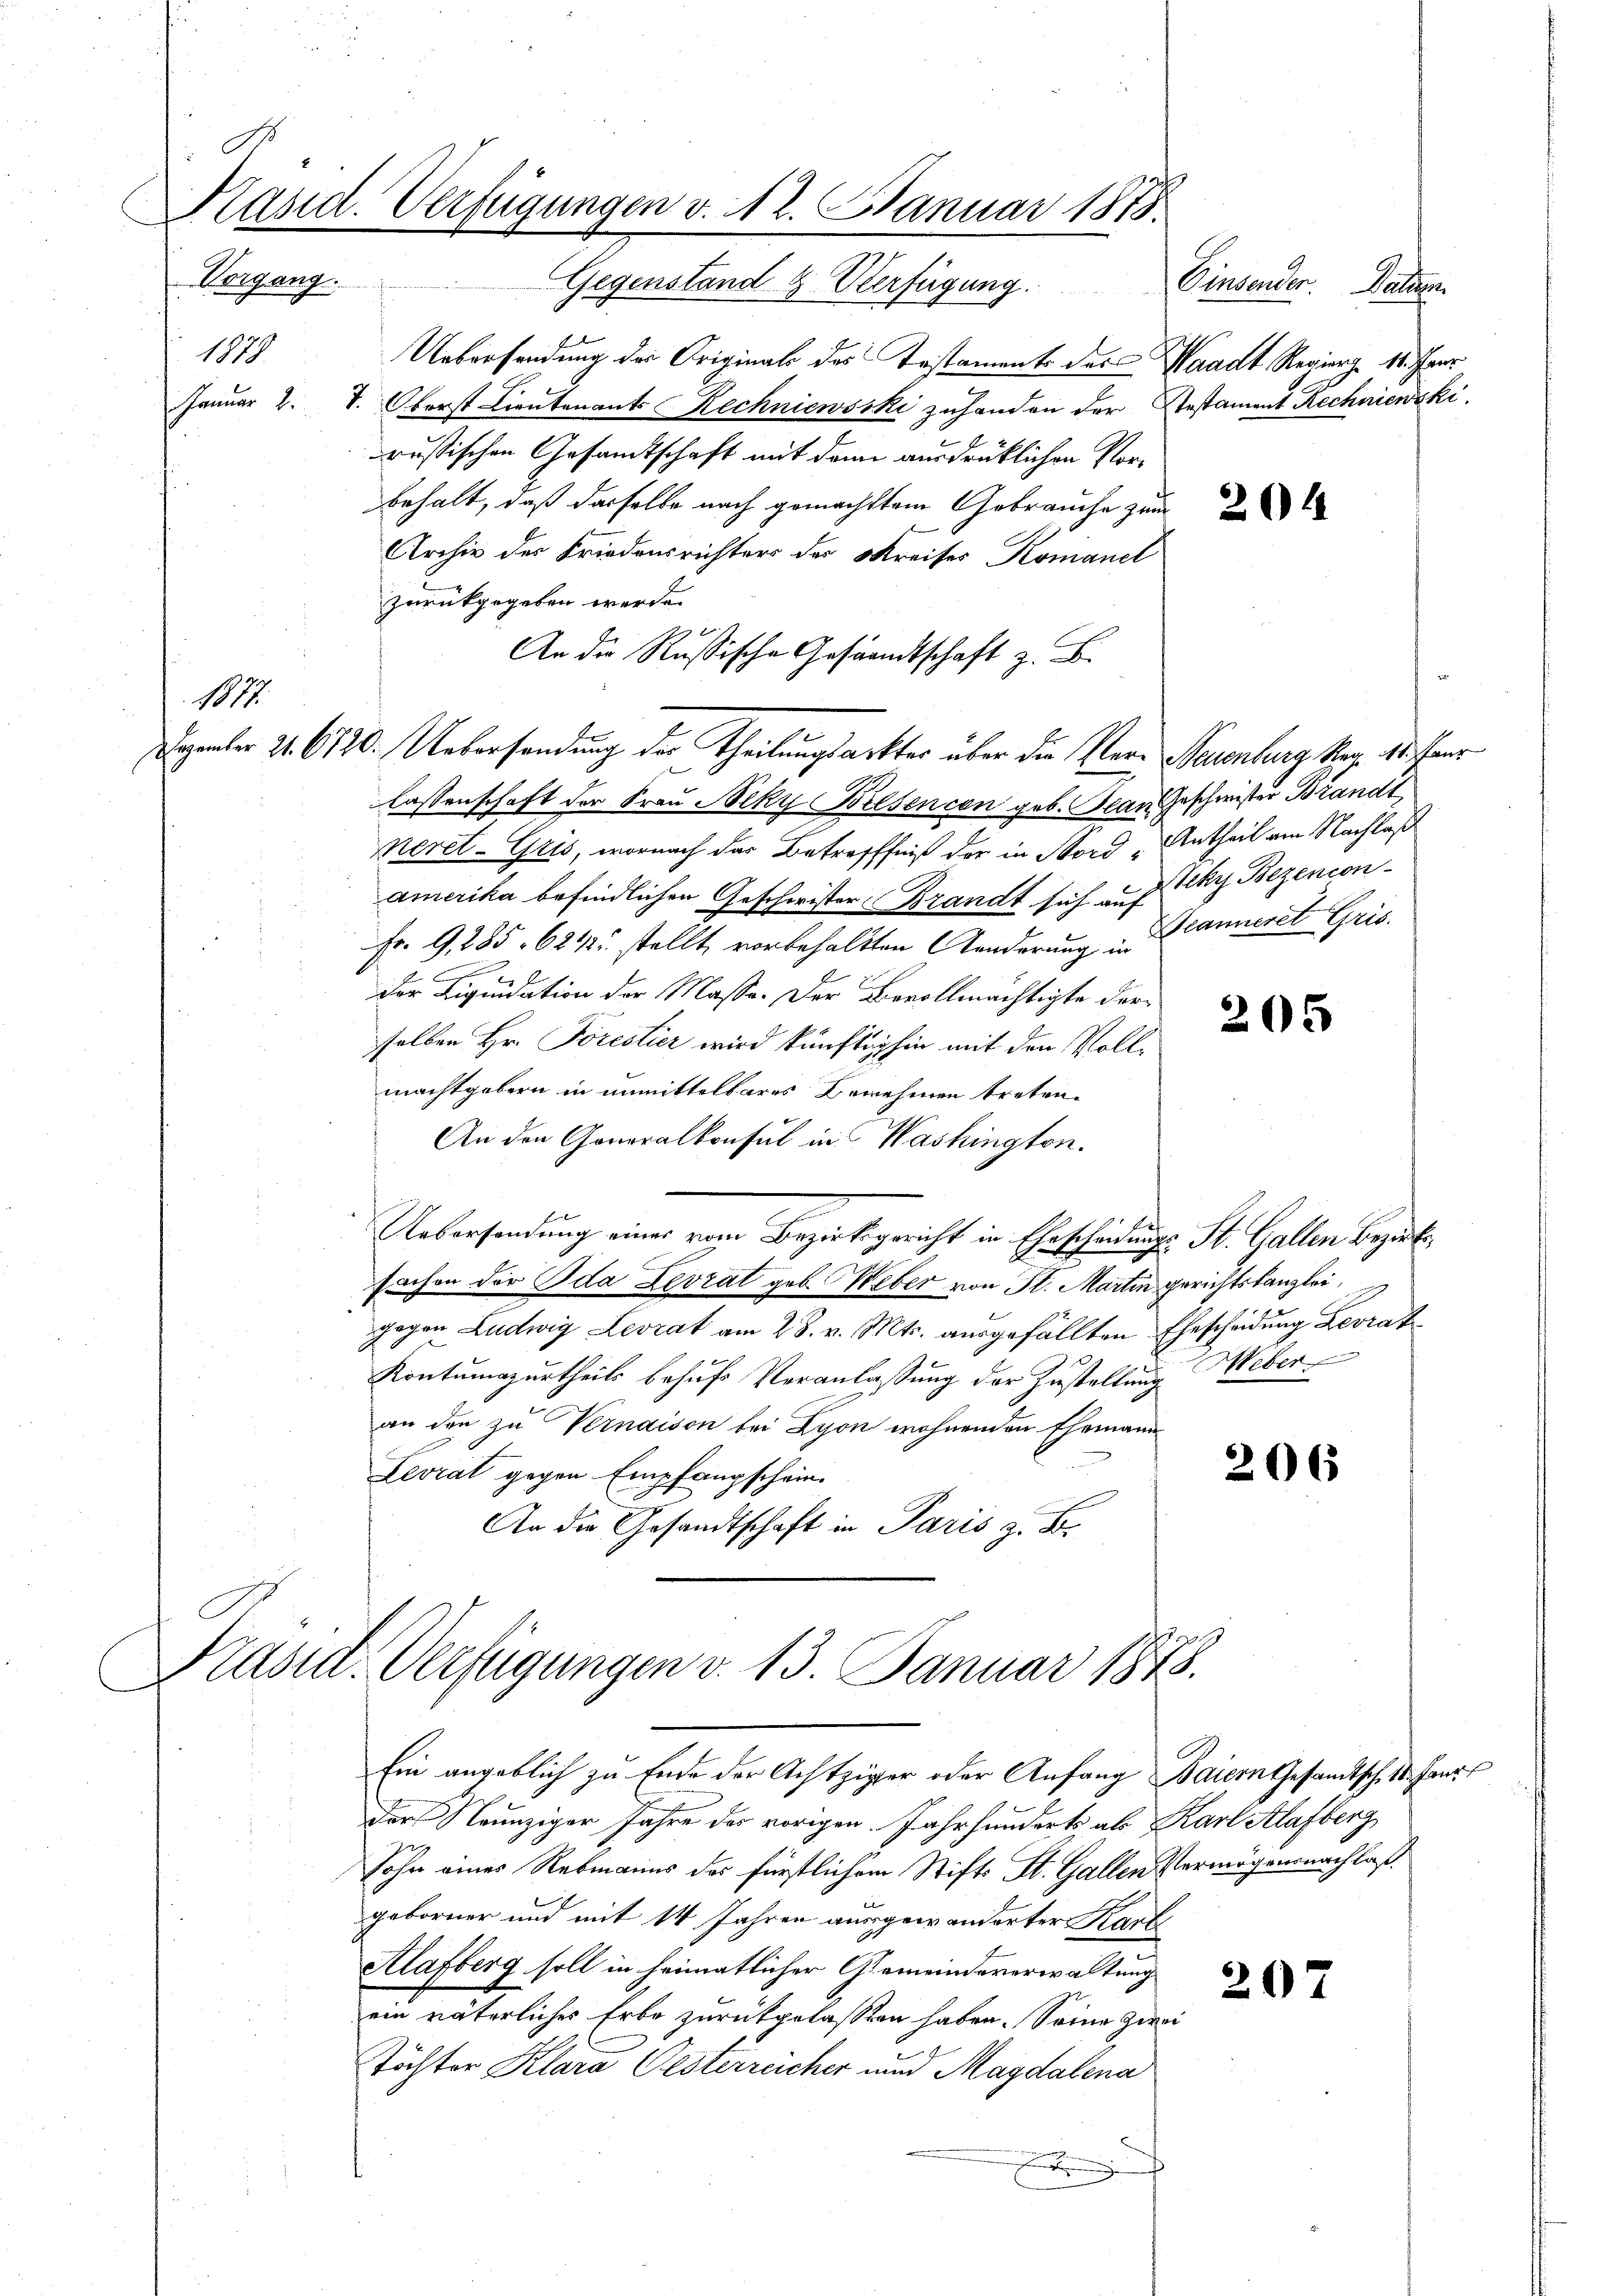
.

Hand. Verfügungen v. 12. Januar 1873.
Vorgang.
Gegenstand & Verfügung.

1879

1077.

Uebersendung des Originali des Testaments des Waadt Regier. 18. Janr
Januar 2. V. Oberst Lieutenants Rechniewsski zuhanden der Testament Rechniewski.
russischen Gesamtschaft mit dem ausdrüklichen Vorbehalt, daß dasselbe nach gemachtem Gebrauche zum
Archiv der Friedensrichters des Kreises Komanel
zurückgegeben werde.
An die Rußische Gesandtschaft z. B.
Dezember 21. 6780. Uebersendung der Theilungsackter über die Ver- Neuenburg Reg. 15. Janr
lassenschaft der Frau Neky Belsencen geb. Plan Geschwister Brandt
Neret-Gris, wornach das Betreffniß der in Nord „Antheil am Nachlaß
amerika befindlichen Geschwister Brandt sich auf
Fr. 9, 285. 621 stellt, vorbehaltten Aenderung anneret Gris.
n
der Liquidation der Masse. Der Bevollmächtigte der
selben Hr. Porestier wird künftighin mit den Vollmachtgebern in unmittelbares Benehmen treten.
An den Generalkonsul in Washington.
Uebersendung eines vom Bezirksgericht in Ehescheidungs-St. Gallen Bezirks¬
Fachen der Ida Zevrat geb. Weber von St. Martin gerichtskanzlei,
gegen Ludwig Levrat am 28. v. Mts. ausgefällten Ehescheidung Levrat
Kontumazurtheils behufs Veranlassung der Zustellung Weber
an den zu Vernaison bei Lyon wohnenden Ehemann
Levrat gegen Empfangschein.
An die Gesandtschaft in Paris z. B.

d
Kasit. Verfügungen v. 13. Januar 1878.

Ein angeblich zu Ende der Achtziger oder Anfang Baiern Gesamtsch. 18. Janr
Der Neunziger Jahre des vorigen. Jahrhunderts als Karl Alafberg
Sohn eines Rebmanns des fürstlichem Stifts St. Gallen Vermögensnachlaß
geborner und mit 14 Jahren ausgewanderter Kart
Alafberg soll in heimatlicher Gemeindeverwaltung
ein väterliches Erbe zurückgelassen haben. Seine zwei
Töchter Klara Oesterreicher und Magdalena
F

Einsender. Datum.

ekr Bezencon

205

206

207